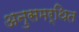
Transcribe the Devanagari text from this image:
अनुसमर्थित